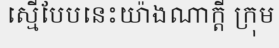
ស្មើបែបនេះយ៉ាងណាក្តី ក្រុម